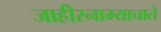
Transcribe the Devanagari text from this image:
जाहीरनाम्याचाते